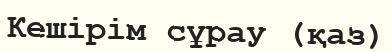
Кешірім сұрау (қаз)